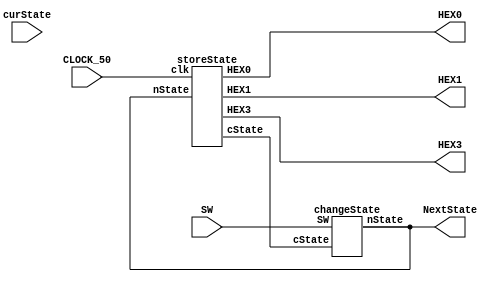
module logic_design(input [4:0]SW, input CLOCK_50, input [4:0] curState,
					output wire [4:0] NextState, output wire [0:6] HEX0, HEX1, HEX3);
	wire newClk;

	wire[4:0] Cstate; // for giving curState
	
	storeState s(.nState(NextState), .clk(CLOCK_50), .cState(Cstate),.HEX0(HEX0),.HEX1(HEX1),.HEX3(HEX3)); // save the state to give nextState to new curState
	changeState ch(.cState(Cstate), .SW(SW),.nState(NextState)); // module which changes states
	
endmodule

module changeState(input[4:0] cState, input[4:0] SW,output reg[4:0] nState);
	
	// There are 6 states : 0,4,8,12,16,20 
	parameter S0 = 5'b0_0000; // 0
	parameter S1 = 5'b0_0001; // 4
	parameter S2 = 5'b0_0010; // 8
	parameter S3 = 5'b0_0100; // 12(12 is not 00011 in my term project)
	parameter S4 = 5'b0_0101; // 16
	parameter S5 = 5'b0_0110; // 20
	
	
	wire SW_status;
	assign SW_status = SW[0] | SW[1] | SW[2] | SW[3] | SW[4];
	always@(posedge SW_status) 
	begin
		case(SW)
			5'b00001 : begin
				case(cState[4:0])
				S0 : nState <= S1; // 0->4
				S1 : nState <= S2; // 4->8
				S2 : nState <= S3; // 8->12
				S3 : nState <= S4; // 12->16
				S4 : nState <= S5; // 16->20
				S5 : nState <= S5; // 20->20
				endcase
			end
			
			5'b00010 : begin
				case(cState[4:0])
				S0 : nState <= S2; // 0->8
				S1 : nState <= S3; // 4->12
				S2 : nState <= S4; // 8->16
				S3 : nState <= S5; // 12->20
				S4 : nState <= S4; // 16->16
				S5 : nState <= S5; // 20->20
				endcase
			end
			
			5'b00100:	begin
				case(cState[4:0])
				S0 : nState <= S3; // 0->12
				S1 : nState <= S4; // 4->16
				S2 : nState <= S5; // 8->20
				S3 : nState <= S3; // 12->12
				S4 : nState <= S4; // 16->16
				S5 : nState <= S5; // 20->20
				endcase
			end
			
			5'b01000:	begin
				case(cState[4:0])
				S0 : nState <= S0; // 0->0
				S1 : nState <= S1; // 4->4
				S2 : nState <= S0; // 8->0
				S3 : nState <= S1; // 12->4
				S4 : nState <= S2; // 16->8
				S5 : nState <= S3; // 20->12
				endcase
			end
			
			5'b10000:	begin
				nState <= S0; // reset
			end
		endcase
	end
endmodule

module storeState(input [4:0] nState, input clk, output reg[4:0] cState,output reg [0:6] HEX0, HEX1, HEX3);
	parameter S0 = 5'b0_0000; // 0
	parameter S1 = 5'b0_0001; // 4
	parameter S2 = 5'b0_0010; // 8
	parameter S3 = 5'b0_0100; // 12(12 is not 00011 in my term project)
	parameter S4 = 5'b0_0101; // 16
	parameter S5 = 5'b0_0110; // 20
	
	parameter Seg9 = 7'b000_1100; parameter Seg8 = 7'b000_0000; parameter Seg7 = 7'b000_1111;
	parameter Seg6 = 7'b010_0000; parameter Seg5 = 7'b010_0100; parameter Seg4 = 7'b100_1100;
	parameter Seg3 = 7'b000_0110; parameter Seg2 = 7'b001_0010; parameter Seg1 = 7'b100_1111; 
	parameter Seg0 = 7'b000_0001;
	always @(posedge clk)
	begin
		cState <= nState;
	end
	
	always@(*)
	begin
		case(cState[4:0])
		S0 : begin HEX3 = Seg0; HEX1 = Seg0; HEX0 = Seg0; end
		S1 : begin HEX3 = Seg0; HEX1 = Seg0; HEX0 = Seg4; end
		S2 : begin HEX3 = Seg1; HEX1 = Seg0; HEX0 = Seg8; end
		S3 : begin HEX3 = Seg1; HEX1 = Seg1; HEX0 = Seg2; end
		S4 : begin HEX3 = Seg2; HEX1 = Seg1; HEX0 = Seg6; end
		S5 : begin HEX3 = Seg2; HEX1 = Seg2; HEX0 = Seg0; end
		endcase
	end
	// For showing HEX..	
					
endmodule